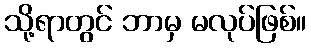
သို့ရာတွင် ဘာမှ မလုပ်ဖြစ်။